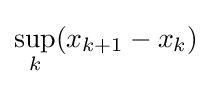
\sup _{k}(x_{k+1}-x_{k})